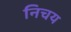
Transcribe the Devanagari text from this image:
निचय